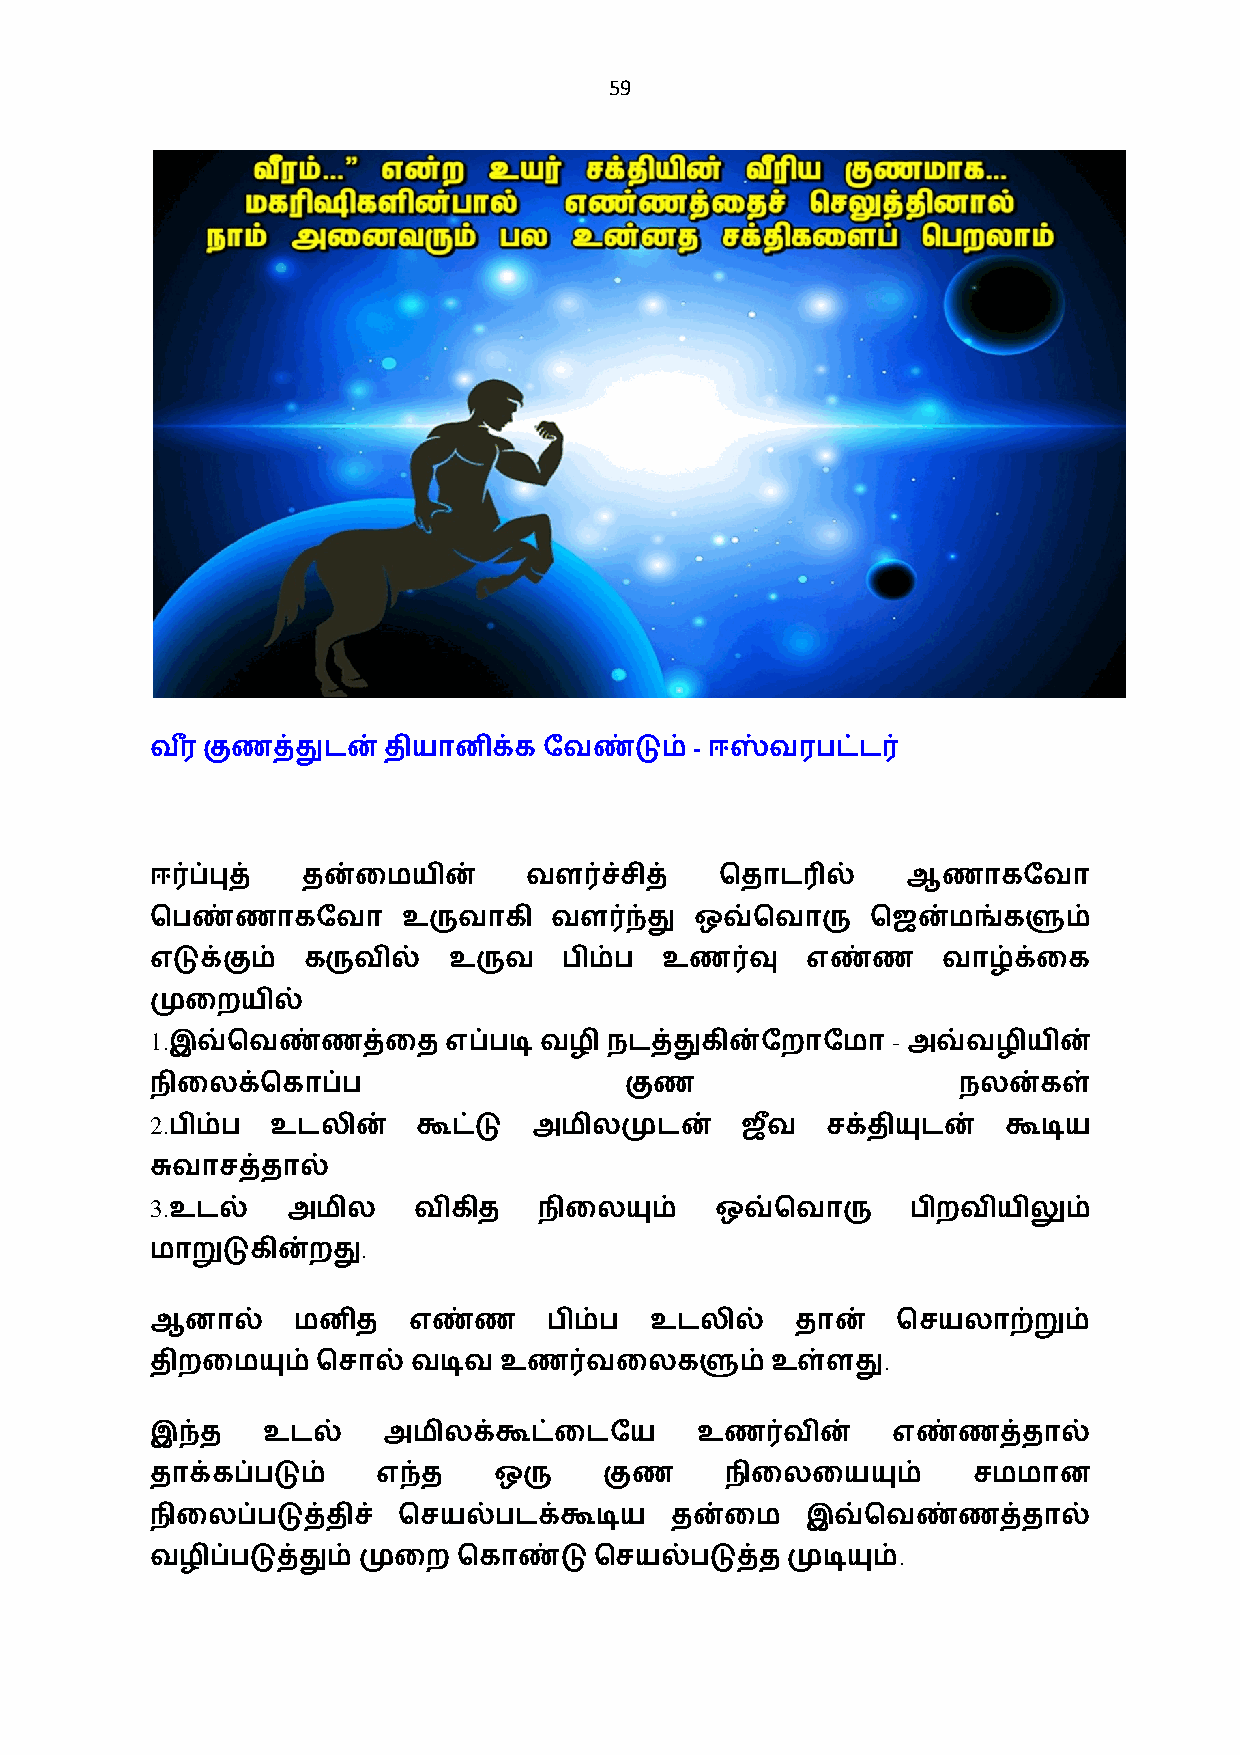
59
 -
 வர+ குணத்துடன்தியானிக்கேவண்டும்      ஈஸ்வரபட்ட0
 ஈ0ப்புத்  தன்ைமயின்      வள0ச்சித்    ெதாட3ல்     ஆணாகேவா
 ெபண்ணாகேவா       உருவாகி  வள0ந்து   ஒவ்ெவாரு    ெஜன்மங்களும்
 எடுக்கும் கருவில்   உருவ   பிம்ப  உண0வு    எண்ண     வாழ்க்ைக
 முைறயில்
 1.                                               -
 இவ்ெவண்ணத்ைத      எப்படி வழி நடத்துகின்ேறாேமா    அவ்வழியின்
 நிைலக்ெகாப்ப                   குண                   நலன்கள்
 2.
 பிம்ப  உடலின்    கூட்டு அமிலமுடன்     ஜவ+   சக்தியுடன்  கூடிய
 சுவாசத்தால்
 3.
 உடல்    அமில    விகித    நிைலயும்   ஒவ்ெவாரு     பிறவியிலும்
 .
 மாறுடுகின்றது
 ஆனால்    மனித    எண்ண     பிம்ப  உடலில்    தான்  ெசயலாற்றும்
 .
 திறைமயும்ெசால்   வடிவ  உண0வைலகளும்உள்ளது
 இந்த   உடல்    அமிலக்கூட்ைடேய       உண0வின்      எண்ணத்தால்
 தாக்கப்படும்   எந்த    ஒரு    குண     நிைலையயும்      சமமான
 நிைலப்படுத்திச் ெசயல்படக்கூடிய    தன்ைம    இவ்ெவண்ணத்தால்
 .
 வழிப்படுத்தும்முைற  ெகாண்டு  ெசயல்படுத்தமுடியும்